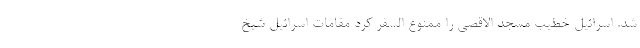
شد. اسرائیل خطیب مسجد الاقصی را ممنوع السفر کرد مقامات اسرائیل شیخ